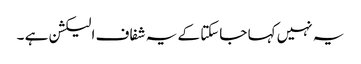
یہ نہیں کہا جاسکتا کے یہ شفاف الیکشن ہے ۔